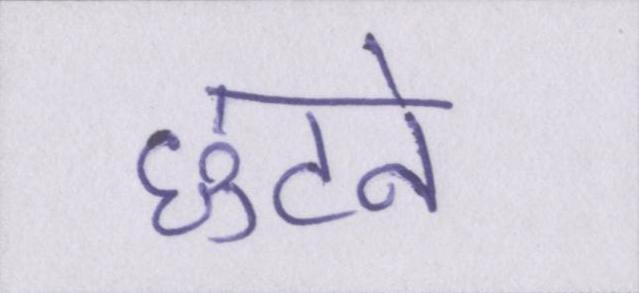
छुटने